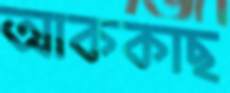
আককাছ